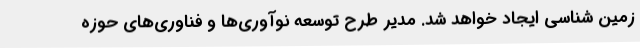
زمین شناسی ایجاد خواهد شد. مدیر طرح توسعه نوآوری‌ها و فناوری‌های حوزه